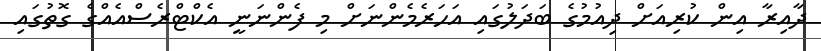
ދާއިރާ އިން ކުރިއަށް ދިއުމުގެ ބަދަލުގައި އަހަރެމެންނަށް މި ފެންނަނީ އެކްޓްރެސްއެއްގެ ގޮތުގައި